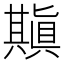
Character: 𠔶